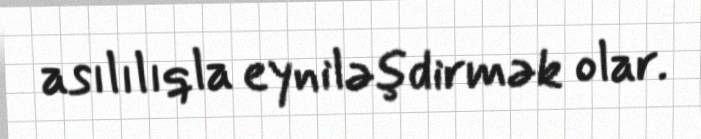
asılılıqla eyniləşdirmək olar.